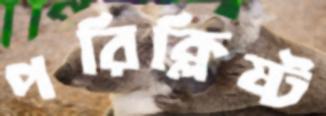
পরিক্লিষ্ট